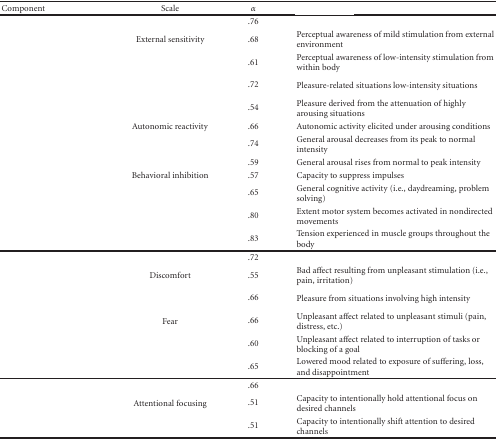
<table><thead><tr><td><b>Component</b></td><td><b>Scale</b></td><td><b><i>α</i></b></td><td>[EMPTY_CELL]</td></tr></thead><tbody><tr><td>[EMPTY_CELL]</td><td>[EMPTY_CELL]</td><td>.76</td><td>[EMPTY_CELL]</td></tr><tr><td rowspan="4">[EMPTY_CELL]</td><td>External sensitivity</td><td>.68</td><td>Perceptual awareness of mild stimulation from external environment</td></tr><tr><td>[EMPTY_CELL]</td><td>.61</td><td>Perceptual awareness of low-intensity stimulation from within body</td></tr><tr><td>[EMPTY_CELL]</td><td>.72</td><td>Pleasure-related situations low-intensity situations</td></tr><tr><td>[EMPTY_CELL]</td><td>.54</td><td>Pleasure derived from the attenuation of highly arousing situations</td></tr><tr><td rowspan="3">[EMPTY_CELL]</td><td>Autonomic reactivity</td><td>.66</td><td>Autonomic activity elicited under arousing conditions</td></tr><tr><td>[EMPTY_CELL]</td><td>.74</td><td>General arousal decreases from its peak to normal intensity</td></tr><tr><td>[EMPTY_CELL]</td><td>.59</td><td>General arousal rises from normal to peak intensity</td></tr><tr><td rowspan="4">[EMPTY_CELL]</td><td>Behavioral inhibition</td><td>.57</td><td>Capacity to suppress impulses</td></tr><tr><td>[EMPTY_CELL]</td><td>.65</td><td>General cognitive activity (i.e., daydreaming, problem solving)</td></tr><tr><td>[EMPTY_CELL]</td><td>.80</td><td>Extent motor system becomes activated in nondirected movements</td></tr><tr><td>[EMPTY_CELL]</td><td>.83</td><td>Tension experienced in muscle groups throughout the body</td></tr><tr><td>[EMPTY_CELL]</td><td>[EMPTY_CELL]</td><td>.72</td><td>[EMPTY_CELL]</td></tr><tr><td rowspan="2">[EMPTY_CELL]</td><td>Discomfort</td><td>.55</td><td>Bad affect resulting from unpleasant stimulation (i.e., pain, irritation)</td></tr><tr><td>[EMPTY_CELL]</td><td>.66</td><td>Pleasure from situations involving high intensity</td></tr><tr><td rowspan="3">[EMPTY_CELL]</td><td>Fear</td><td>.66</td><td>Unpleasant affect related to unpleasant stimuli (pain, distress, etc.)</td></tr><tr><td>[EMPTY_CELL]</td><td>.60</td><td>Unpleasant affect related to interruption of tasks or blocking of a goal</td></tr><tr><td>[EMPTY_CELL]</td><td>.65</td><td>Lowered mood related to exposure of suffering, loss, and disappointment</td></tr><tr><td>[EMPTY_CELL]</td><td>[EMPTY_CELL]</td><td>.66</td><td>[EMPTY_CELL]</td></tr><tr><td rowspan="2">[EMPTY_CELL]</td><td>Attentional focusing</td><td>.51</td><td>Capacity to intentionally hold attentional focus on desired channels</td></tr><tr><td>[EMPTY_CELL]</td><td>.51</td><td>Capacity to intentionally shift attention to desired channels</td></tr></tbody></table>